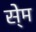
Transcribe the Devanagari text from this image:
से्म